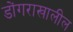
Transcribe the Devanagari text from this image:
डोंगराखालील